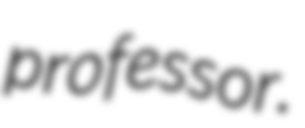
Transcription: professor.